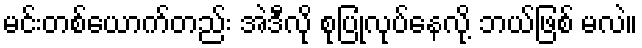
မင်းတစ်ယောက်တည်း အဲဒီလို စုပြုံလုပ်နေလို့ ဘယ်ဖြစ် မလဲ။